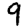
Digit: 9